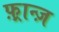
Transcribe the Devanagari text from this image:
फ़्रान्ज़